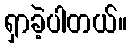
ရှာခဲ့ပါတယ်။